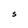
Character: S